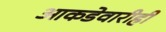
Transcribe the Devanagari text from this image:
आकडेवारीही